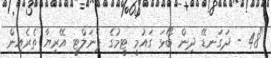
"48 - ދަގަނޑޭ ދިން ބޯޅަ ގައުމީ ޓީމުގެ ޕެނަލްޓީ އޭރިޔާ ތެރެއިން